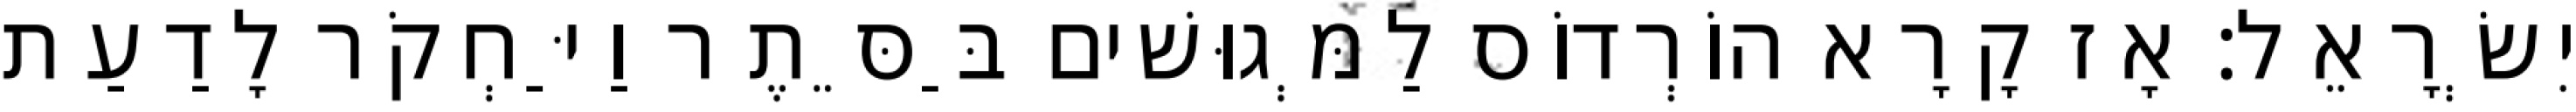
יִשְׂרָאֵל׃ אָז קָרָא הוֹרְדוֹס לַמְּגוּשׁים בַּסֵּתֶר וַיַּחְקֹר לָדַעַת